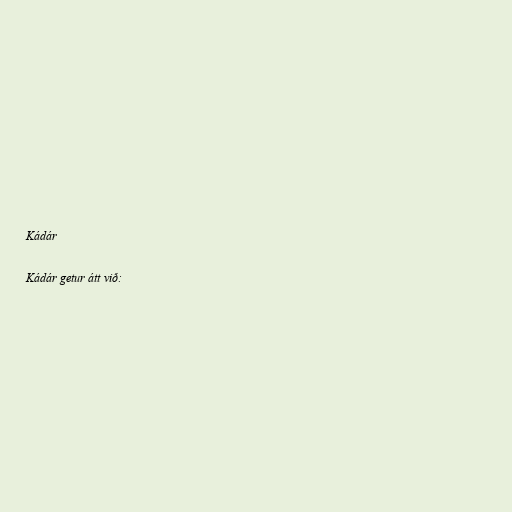
Kádár

Kádár getur átt við: